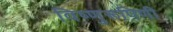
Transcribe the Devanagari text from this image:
विष्णुरूपिणी